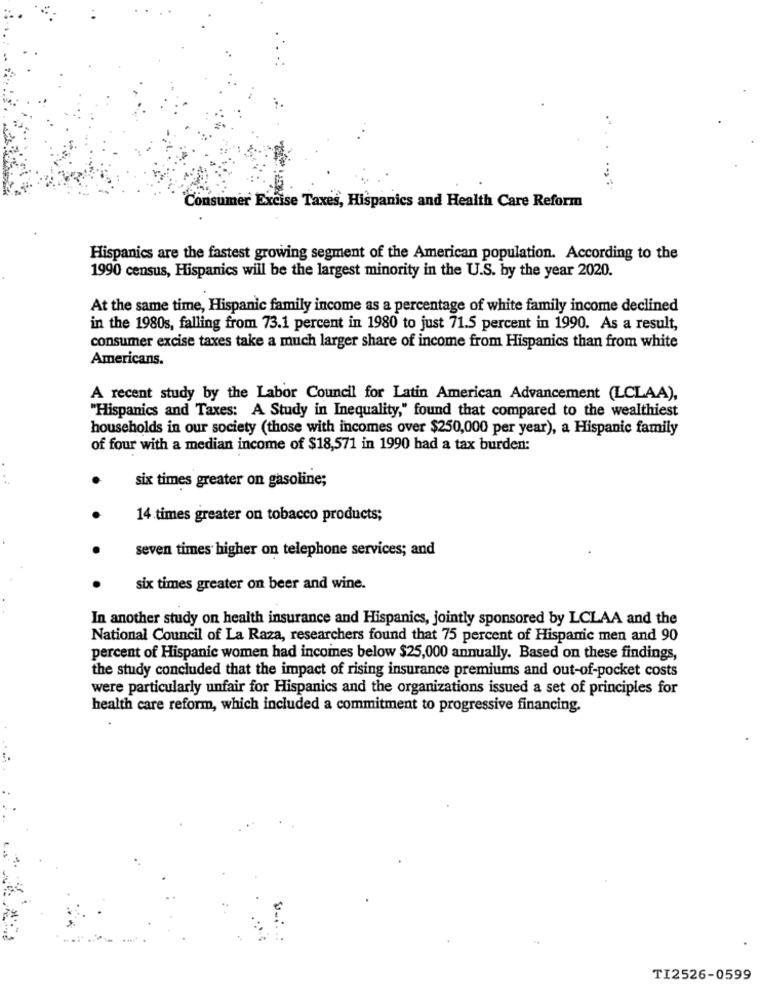
Consumer Excise Taxes, Hispanics and Health Care Reform
Hispanics are the fastest growing segment of the American population. According to the
1990 census, Hispanics will be the largest minority in the U.S. by the year 2020.
At the same time, Hispanic family income as a percentage of white family income declined
in the 1980s, falling from 73.1 percent in 1980 to just 71.5 percent in 1990. As a result,
consumer excise taxes take a much larger share of income from Hispanics than from white
Americans.
A recent study by the Labor Council for Latin American Advancement (LCLAA),
"Hispanics and Taxes: A Study in Inequality," found that compared to the wealthiest
households in our society (those with incomes over $250,000 per year), a Hispanic family
of four with a median income of $18,571 in 1990 had a tax burden:
six times greater on gasoline;
14 times greater on tobacco products;
seven times higher on telephone services; and
.
six times greater on beer and wine.
In another study on health insurance and Hispanics, jointly sponsored by LCLAA and the
National Council of La Raza, researchers found that 75 percent of Hispanic men and 90
percent of Hispanic women had incomes below $25,000 annually. Based on these findings,
the study concluded that the impact of rising insurance premiums and out-of-pocket costs
were particularly unfair for Hispanics and the organizations issued a set of principles for
health care reform, which included a commitment to progressive financing.
TI2526-0599